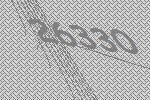
26330